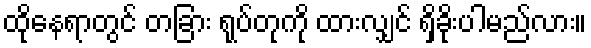
ထိုနေရာတွင် တခြား ရုပ်တုကို ထားလျှင် ရှိခိုးပါမည်လား။